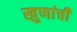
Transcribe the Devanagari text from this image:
खुणांची